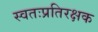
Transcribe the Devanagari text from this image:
स्वतःप्रतिरक्षक